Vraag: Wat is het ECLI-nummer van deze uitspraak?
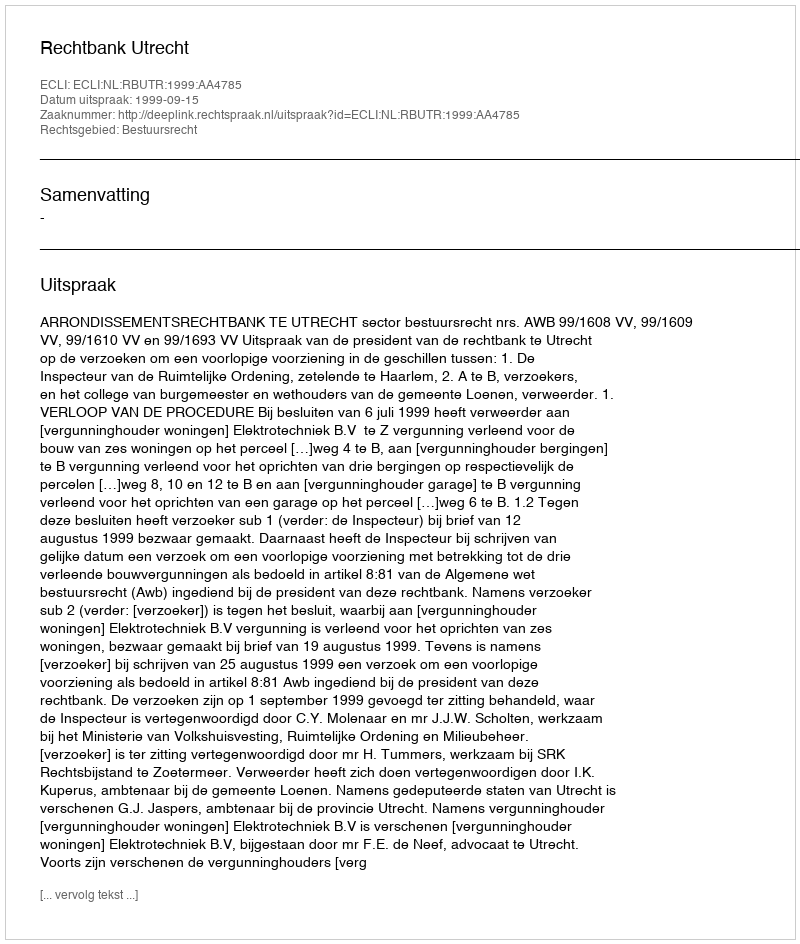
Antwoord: ECLI:NL:RBUTR:1999:AA4785